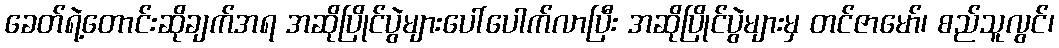
ခေတ်ရဲ့တောင်းဆိုချက်အရ အဆိုပြိုင်ပွဲများပေါ်ပေါက်လာပြီး အဆိုပြိုင်ပွဲများမှ တင်ဇာမော်၊ စည်သူလွင်၊